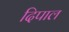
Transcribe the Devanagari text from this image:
दिपाल